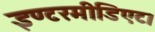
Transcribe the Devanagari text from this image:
इण्टरमीडिएट।